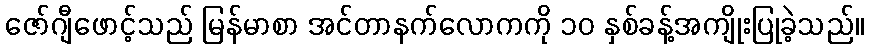
ဇော်ဂျီဖောင့်သည် မြန်မာစာ အင်တာနက်လောကကို ၁၀ နှစ်ခန့်အကျိုးပြုခဲ့သည်။